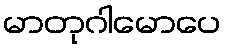
မာတုဂါမောပေ